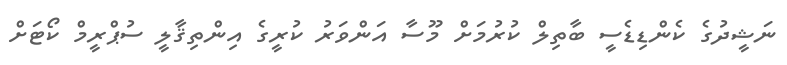
ނަޝީދުގެ ކެންޑިޑެސީ ބާތިލް ކުރުމަށް މޫސާ އަންވަރު ކުރީގެ އިންތިޤާލީ ސުޕްރީމް ކޯޓަށް